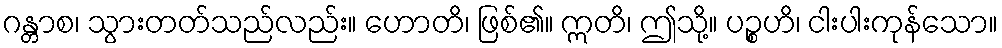
ဂန္တာစ၊ သွားတတ်သည်လည်း။ ဟောတိ၊ ဖြစ်၏။ ဣတိ၊ ဤသို့။ ပဉ္စဟိ၊ ငါးပါးကုန်သော။